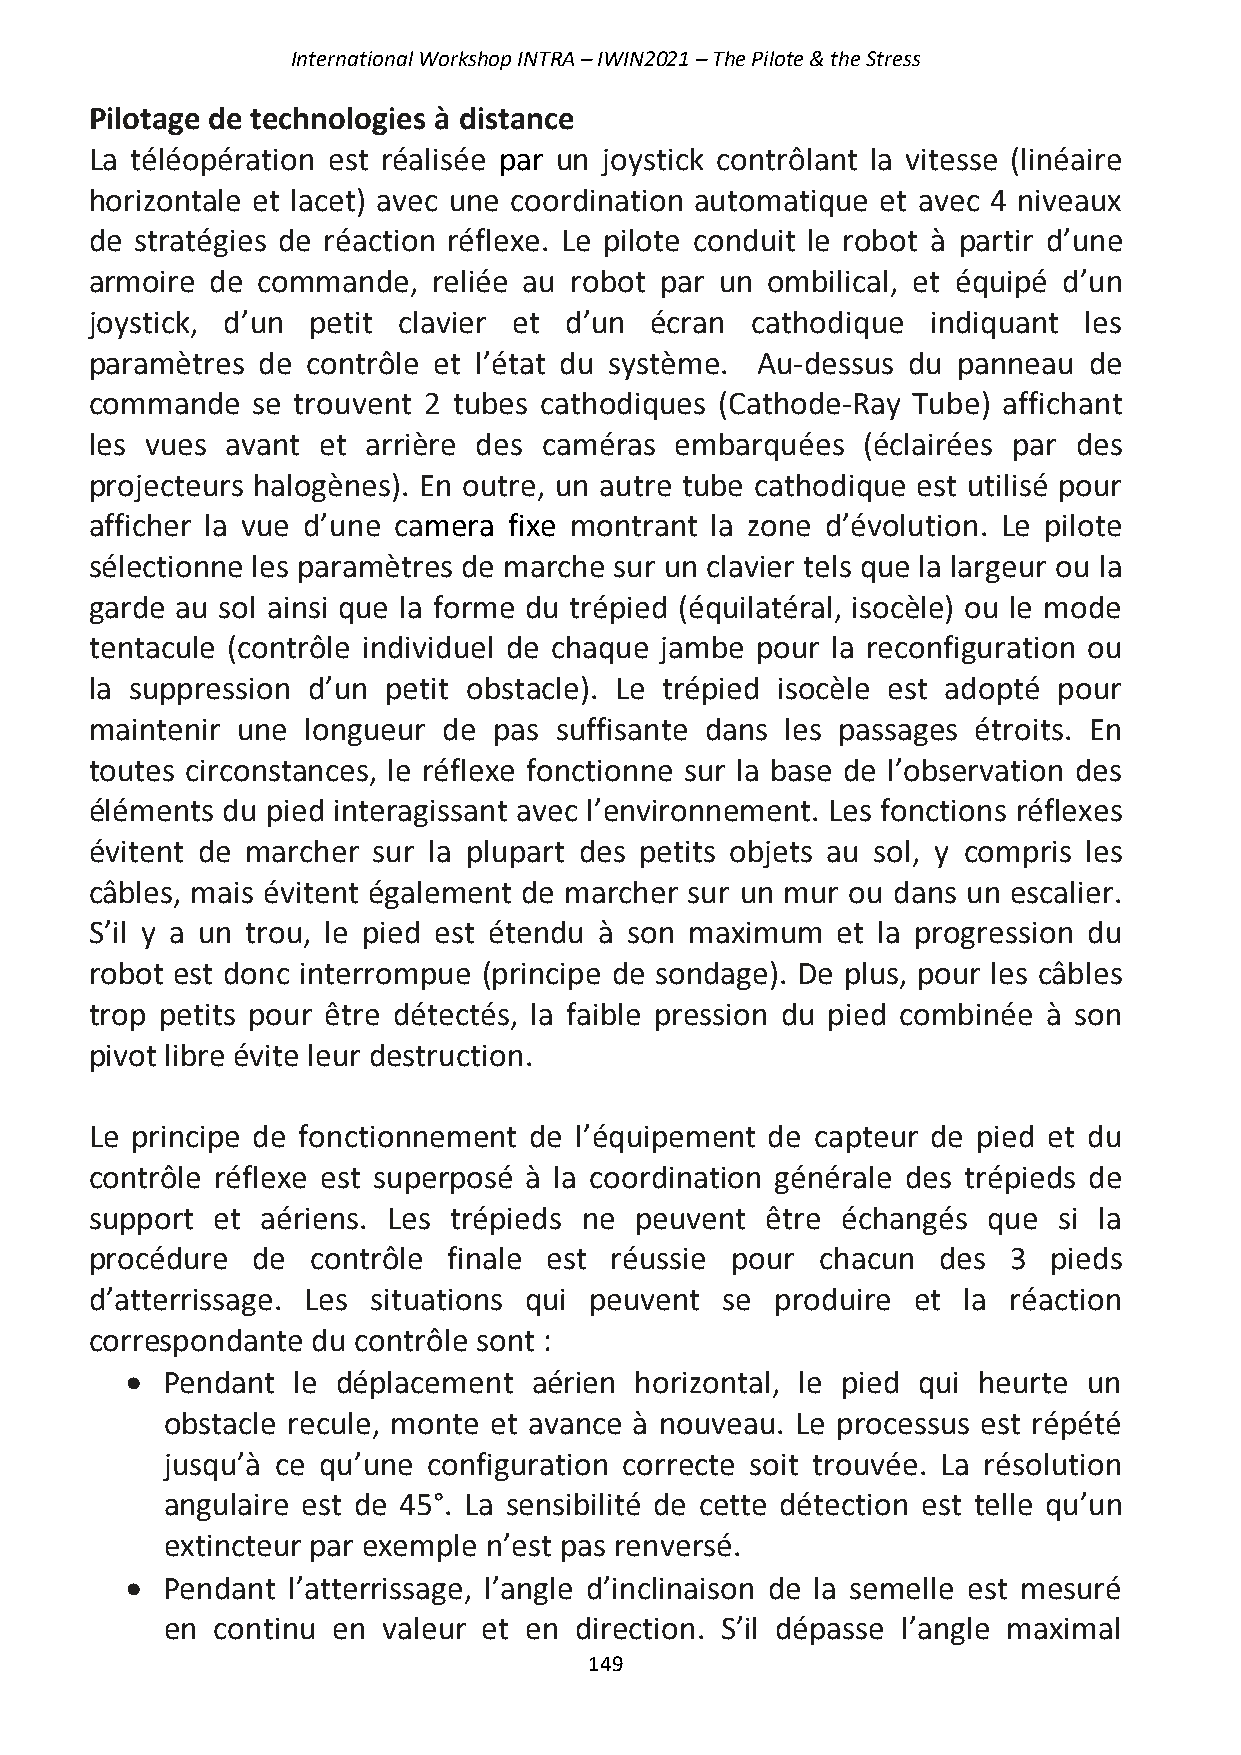
International Workshop INTRA – IWIN2021 – The Pilote & the Stress
 Pilotage de technologies à distance
 La téléopération est réalisée par un joystick contrôlant la vitesse (linéaire
 horizontale et lacet) avec une coordination automatique et avec 4 niveaux
 de stratégies de réaction réflexe. Le pilote conduit le robot à partir d’une
 armoire de commande,   reliée au robot par un ombilical, et équipé d’un
 joystick, d’un petit clavier et d’un écran  cathodique  indiquant les
 paramètres de contrôle et l’état du système. Au-dessus du panneau de
 commande   se trouvent 2 tubes cathodiques (Cathode-Ray Tube) affichant
 les vues avant et arrière des caméras  embarquées  (éclairées par des
 projecteurs halogènes). En outre, un autre tube cathodique est utilisé pour
 afficher la vue d’une camera fixe montrant la zone d’évolution. Le pilote
 sélectionne les paramètres de marche sur un clavier tels que la largeur ou la
 garde au sol ainsi que la forme du trépied (équilatéral, isocèle) ou le mode
 tentacule (contrôle individuel de chaque jambe pour la reconfiguration ou
 la suppression d’un petit obstacle). Le trépied isocèle est adopté pour
 maintenir une longueur de  pas suffisante dans les passages étroits. En
 toutes circonstances, le réflexe fonctionne sur la base de l’observation des
 éléments du pied interagissant avec l’environnement. Les fonctions réflexes
 évitent de marcher sur la plupart des petits objets au sol, y compris les
 câbles, mais évitent également de marcher sur un mur ou dans un escalier.
 S’il y a un trou, le pied est étendu à son maximum et la progression du
 robot est donc interrompue (principe de sondage). De plus, pour les câbles
 trop petits pour être détectés, la faible pression du pied combinée à son
 pivot libre évite leur destruction.
 Le principe de fonctionnement de l’équipement de capteur de pied et du
 contrôle réflexe est superposé à la coordination générale des trépieds de
 support et aériens. Les trépieds ne peuvent  être échangés que  si la
 procédure  de  contrôle finale est réussie pour chacun  des  3  pieds
 d’atterrissage. Les situations qui peuvent se produire et la réaction
 correspondante du contrôle sont :
 •  Pendant le déplacement  aérien horizontal, le pied qui heurte un
 obstacle recule, monte et avance à nouveau. Le processus est répété
 jusqu’à ce qu’une configuration correcte soit trouvée. La résolution
 angulaire est de 45°. La sensibilité de cette détection est telle qu’un
 extincteur par exemple n’est pas renversé.
 •  Pendant l’atterrissage, l’angle d’inclinaison de la semelle est mesuré
 en continu en valeur et en direction. S’il dépasse l’angle maximal
 149